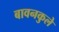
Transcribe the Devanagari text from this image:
बावनकुले